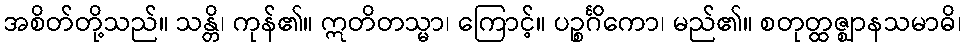
အစိတ်တို့သည်။ သန္တိ၊ ကုန်၏။ ဣတိတသ္မာ၊ ကြောင့်။ ပဉ္စင်္ဂိကော၊ မည်၏။ စတုတ္ထဇ္ဈာနသမာဓိ၊